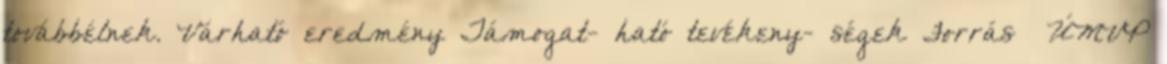
továbbélnek. Várható eredmény Támogat- ható tevékeny- ségek Forrás ▪ÚMVP